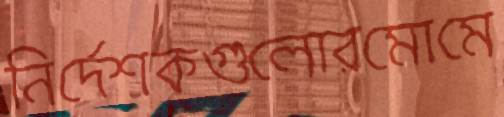
নির্দেশকগুলোরমোমে